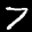
Label: 7